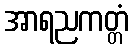
အာရညကတ္တံ